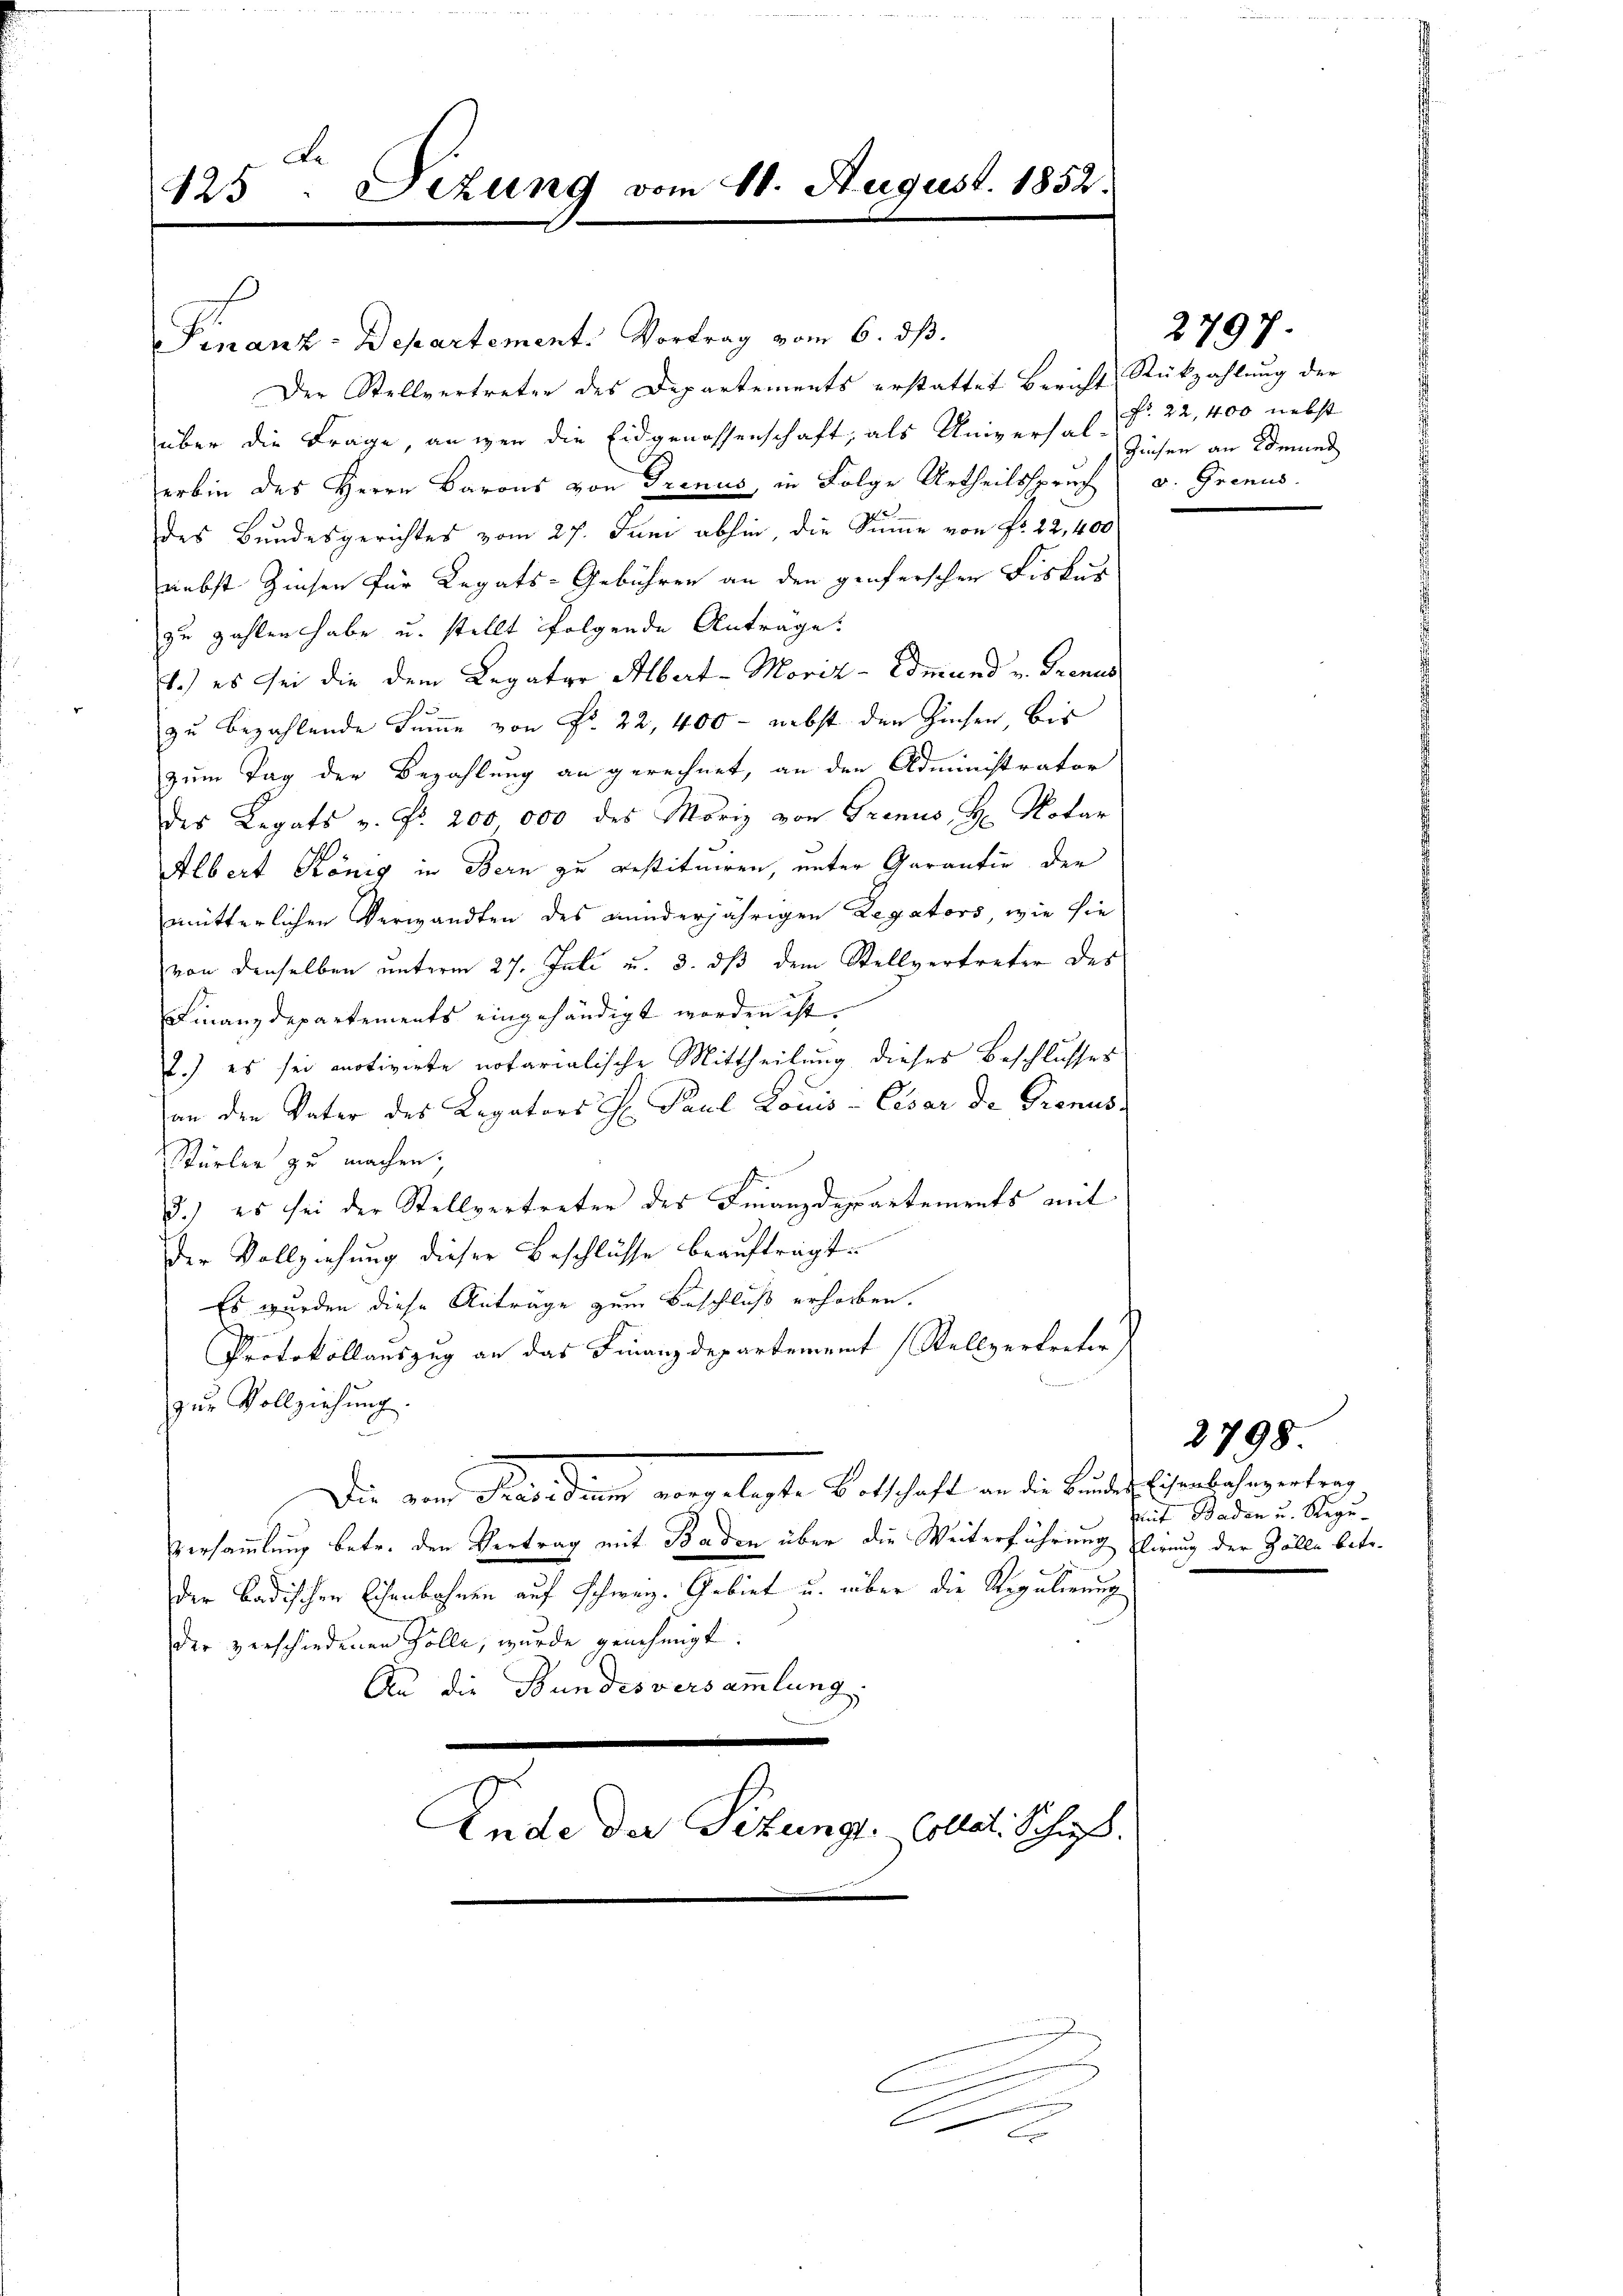
e
Fezung vom 20. August. 1852.
425

Finanz-Departement. Vortrag vom 6. dβ.
Der Stellvertreten des Departements erstattet Bericht Rückzahlung der
über die Frage, angen die Eidgenossenschaft, als Universal-Zusen an Bemer
erbin des Herrn Barons von Trenus, in Folge Urtheilsspruch v. Grenus.
des Bundesgerichtes vom 27. Juni abhin, die Summe von Fr. 22,400
nebst Zinsen für Legats-Gebühren an den genferschen Fiskur
zu zahlen habe u. stellt folgende Anträge.
1.) es sei die dem Legater Albert-Moriz-Command u. Grenan
zu bezahlende Summe von Fr. 22, 400 - nebst den Zinsen, bis
zum Tag der Bezahlung an gerechnet, an den Administrator
des Legats v. Fr. 200 000 des Moriz von Granus H: Notar
Albert König in Bern zu restituiren, unter Garantie der
mütterlichen Verwandten des minderjährigen Legators, wie sie
von denselben unterm 27. Juli u. 3. dß dem Stellvertreter des
Finanzdepartements eingehändigt worden ist.
2.) es sei motivirte notarialische Mittheilung dieses Beschlusses
an den Vater des Legators H. Paul Louis-Cesar de Grenuss
Stürler zu machen;
3.) es sei der Stellvertreter des Finanzdeppartements mit
der Vollziehung dieser Beschlüsse beaufträgt.
Es wurden diese Anträge zum Beschluß erhorben.
Protokollauszug an das Finanzdepartement (Stellvertreter)
zur Vollziehung.
Die von Frieden angelegte Betschaft an die Kindet entschwerten,
Versammlung betr. den Vertrag mit Baden über die Weiterführung Elirung der Zölle betr.
der Badischen Eisenbahnen auf Schweiz. Gebiet u. über die Regulierung
der verschiedenen solle, wurde genehmigt.
An die Bundesversammlung.
Ende der Sitzungs-Collet. Schuß.
C
.
xx

fr. 22,400 nebst

2797.

Mit Baden u. Regu¬

2798.